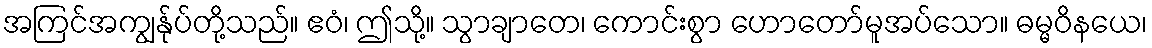
အကြင်အကျွန်ုပ်တို့သည်။ ဧဝံ၊ ဤသို့။ သွာချာတေ၊ ကောင်းစွာ ဟောတော်မူအပ်သော။ ဓမ္မဝိနယေ၊